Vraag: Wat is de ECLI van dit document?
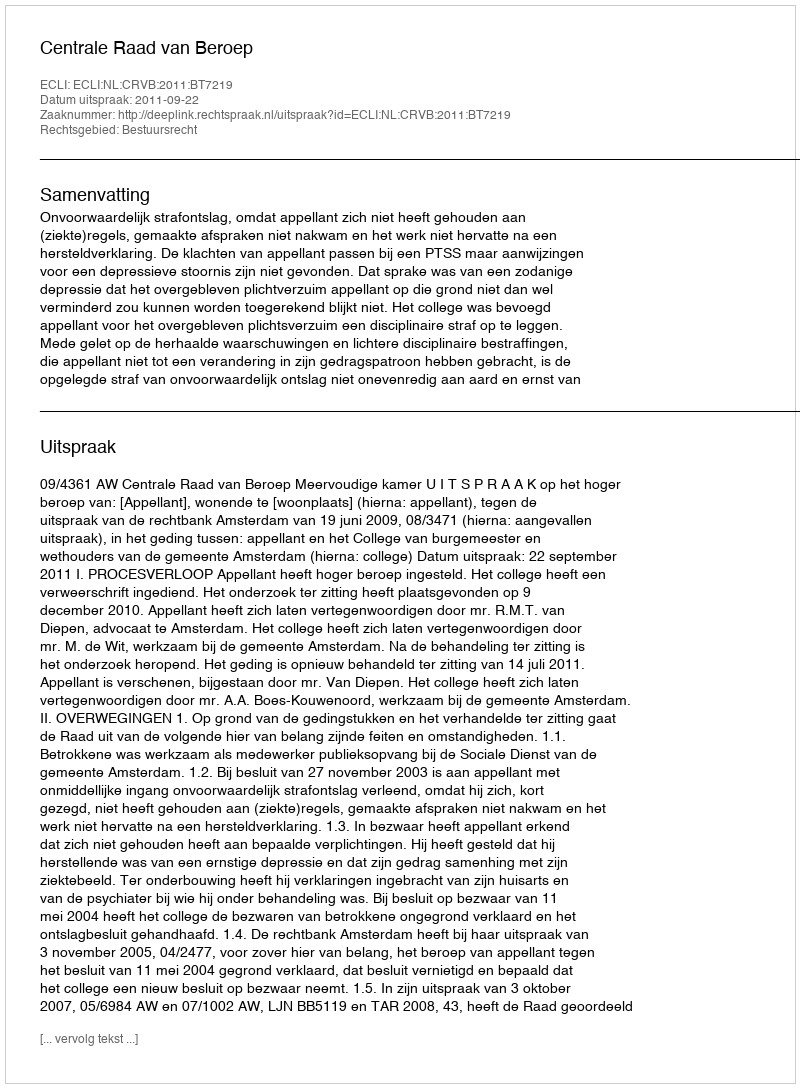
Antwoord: ECLI:NL:CRVB:2011:BT7219